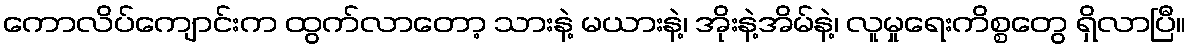
ကောလိပ်ကျောင်းက ထွက်လာတော့ သားနဲ့ မယားနဲ့၊ အိုးနဲ့အိမ်နဲ့၊ လူမှုရေးကိစ္စတွေ ရှိလာပြီ။